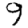
Digit: 9